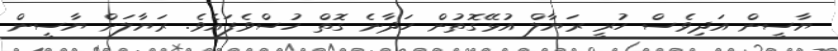
ޔާސީން އަދިވެސް ހުރީ ރަޔާލް އުޅޭގޮތުން ހަދާނެ ގޮތް ހުސްވެފައެވެ. ރަޔާލަށް ޔާސީން